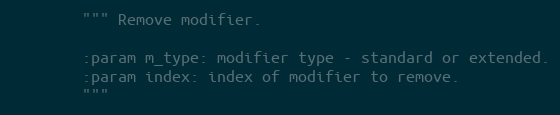
Language: Python
        """ Remove modifier.

        :param m_type: modifier type - standard or extended.
        :param index: index of modifier to remove.
        """